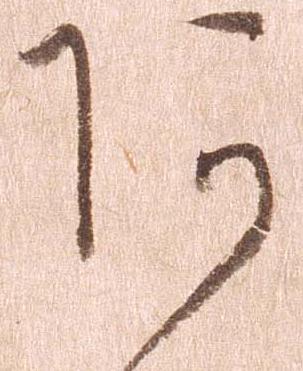
あ